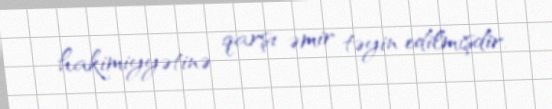
hakimiyyətinə qarşı əmir təyin edilmişdir.